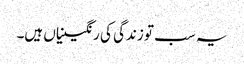
یہ سب تو زندگی کی رنگینیاں ہیں۔